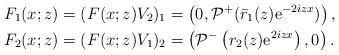
\begin{align*}&F_1(x ; z)=(F(x ; z)V_2)_1=\left(0, \mathcal{P}^{+}(\bar{r}_1(z) \mathrm{e}^{-2 i z x})\right),\\&F_2(x ; z)=(F(x ; z)V_1)_2=\left(\mathcal{P}^{-}\left(r_2(z) \mathrm{e}^{2 i z x}\right), 0\right).\end{align*}